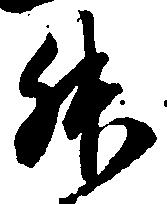
升